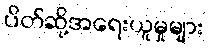
ပိတ်ဆို့အရေးယူမှုများ